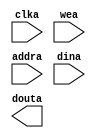
module ram_256x16(
	clka,
	wea,
	addra,
	dina,
	douta);


input clka;
input [0 : 0] wea;
input [7 : 0] addra;
input [15 : 0] dina;
output [15 : 0] douta;

// synthesis translate_off

      BLK_MEM_GEN_V4_2 #(
		.C_ADDRA_WIDTH(8),
		.C_ADDRB_WIDTH(8),
		.C_ALGORITHM(1),
		.C_BYTE_SIZE(9),
		.C_COMMON_CLK(0),
		.C_DEFAULT_DATA("0"),
		.C_DISABLE_WARN_BHV_COLL(0),
		.C_DISABLE_WARN_BHV_RANGE(0),
		.C_FAMILY("spartan3"),
		.C_HAS_ENA(0),
		.C_HAS_ENB(0),
		.C_HAS_INJECTERR(0),
		.C_HAS_MEM_OUTPUT_REGS_A(0),
		.C_HAS_MEM_OUTPUT_REGS_B(0),
		.C_HAS_MUX_OUTPUT_REGS_A(0),
		.C_HAS_MUX_OUTPUT_REGS_B(0),
		.C_HAS_REGCEA(0),
		.C_HAS_REGCEB(0),
		.C_HAS_RSTA(0),
		.C_HAS_RSTB(0),
		.C_HAS_SOFTECC_INPUT_REGS_A(0),
		.C_HAS_SOFTECC_OUTPUT_REGS_B(0),
		.C_INITA_VAL("0"),
		.C_INITB_VAL("0"),
		.C_INIT_FILE_NAME("ram_256x16.mif"),
		.C_LOAD_INIT_FILE(1),
		.C_MEM_TYPE(0),
		.C_MUX_PIPELINE_STAGES(0),
		.C_PRIM_TYPE(1),
		.C_READ_DEPTH_A(256),
		.C_READ_DEPTH_B(256),
		.C_READ_WIDTH_A(16),
		.C_READ_WIDTH_B(16),
		.C_RSTRAM_A(0),
		.C_RSTRAM_B(0),
		.C_RST_PRIORITY_A("CE"),
		.C_RST_PRIORITY_B("CE"),
		.C_RST_TYPE("SYNC"),
		.C_SIM_COLLISION_CHECK("ALL"),
		.C_USE_BYTE_WEA(0),
		.C_USE_BYTE_WEB(0),
		.C_USE_DEFAULT_DATA(0),
		.C_USE_ECC(0),
		.C_USE_SOFTECC(0),
		.C_WEA_WIDTH(1),
		.C_WEB_WIDTH(1),
		.C_WRITE_DEPTH_A(256),
		.C_WRITE_DEPTH_B(256),
		.C_WRITE_MODE_A("WRITE_FIRST"),
		.C_WRITE_MODE_B("WRITE_FIRST"),
		.C_WRITE_WIDTH_A(16),
		.C_WRITE_WIDTH_B(16),
		.C_XDEVICEFAMILY("spartan3e"))
	inst (
		.CLKA(clka),
		.WEA(wea),
		.ADDRA(addra),
		.DINA(dina),
		.DOUTA(douta),
		.RSTA(),
		.ENA(),
		.REGCEA(),
		.CLKB(),
		.RSTB(),
		.ENB(),
		.REGCEB(),
		.WEB(),
		.ADDRB(),
		.DINB(),
		.DOUTB(),
		.INJECTSBITERR(),
		.INJECTDBITERR(),
		.SBITERR(),
		.DBITERR(),
		.RDADDRECC());


// synthesis translate_on

endmodule